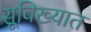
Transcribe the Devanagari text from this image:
सूविख्यात